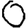
Digit: 0